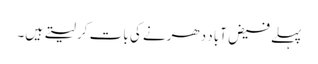
پہلے فیض آباد دھرنے کی بات کر لیتے ہیں۔